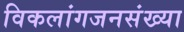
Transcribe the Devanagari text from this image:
विकलांगजनसंख्या